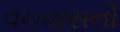
વનવાસનો